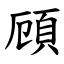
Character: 頋